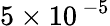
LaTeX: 5\times{10^{\, -5}}